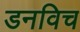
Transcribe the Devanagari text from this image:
डनविच